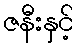
ဇနီးနှင့်